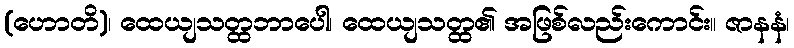
(ဟောတိ)၊ ထေယျသတ္ထဘာပေါ၊ ထေယျသတ္ထ၏ အဖြစ်လည်းကောင်း။ ဇာနနံ၊